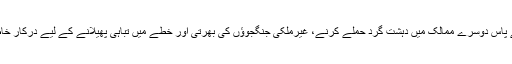
دیکھا جائے تو اب داعش کے پاس دوسرے ممالک میں دہشت گرد حملے کرنے، غیرملکی جنگجوؤں کی بھرتی اور خطے میں تباہی پھیلانے کے لیے درکار خاطر خواہ زمینی بنیاد نہیں ہے۔